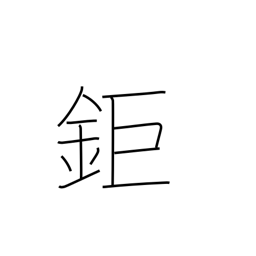
Meaning: big